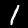
Label: 1